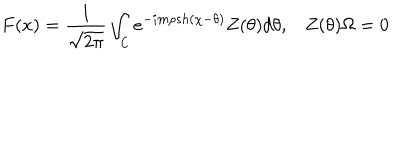
LaTeX: F ( x ) = \frac { 1 } { \sqrt { 2 \pi } } \int _ { \mathsf { C } } e ^ { - i m \rho s h ( \chi - \theta ) } Z ( \theta ) d \theta , \, \, \, \, \, Z ( \theta ) \Omega = 0 \, \,